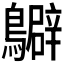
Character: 𪇊